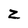
Character: z